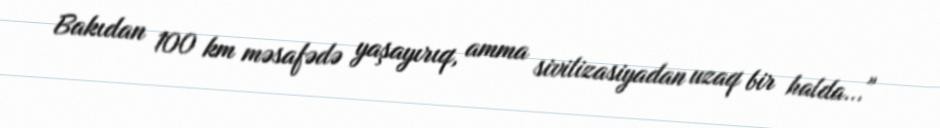
Bakıdan 100 km məsafədə yaşayırıq, amma sivilizasiyadan uzaq bir halda..."